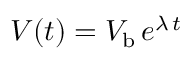
V ( t ) = V _ { \mathrm { b } } \, e ^ { \lambda \, t }